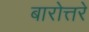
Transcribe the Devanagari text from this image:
बारोत्तरे